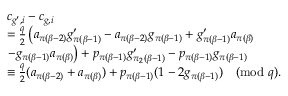
\begin{array} { r l } & { c _ { g ^ { \prime } , i } - c _ { g , i } } \\ & { = \frac { q } { 2 } \left( a _ { \pi ( \beta - 2 ) } g _ { \pi ( \beta - 1 ) } ^ { \prime } - a _ { \pi ( \beta - 2 ) } g _ { \pi ( \beta - 1 ) } + g _ { \pi ( \beta - 1 ) } ^ { \prime } a _ { \pi ( \beta ) } \right. } \\ & { \left. - g _ { \pi ( \beta - 1 ) } a _ { \pi ( \beta ) } \right) + p _ { \pi ( \beta - 1 ) } g _ { \pi _ { 2 } ( \beta - 1 ) } ^ { \prime } - p _ { \pi ( \beta - 1 ) } g _ { \pi ( \beta - 1 ) } } \\ & { \equiv \frac { q } { 2 } ( a _ { \pi ( \beta - 2 ) } + a _ { \pi ( \beta ) } ) + p _ { \pi ( \beta - 1 ) } ( 1 - 2 g _ { \pi ( \beta - 1 ) } ) \pmod q . } \end{array}